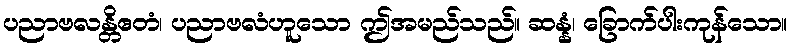
ပညာဗလန္တိဧတံ၊ ပညာဗလံဟူသော ဤအမည်သည်။ ဆန္နံ၊ ခြောက်ပါးကုန်သော။